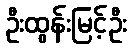
ဦးထွန်းမြင့်ဦး